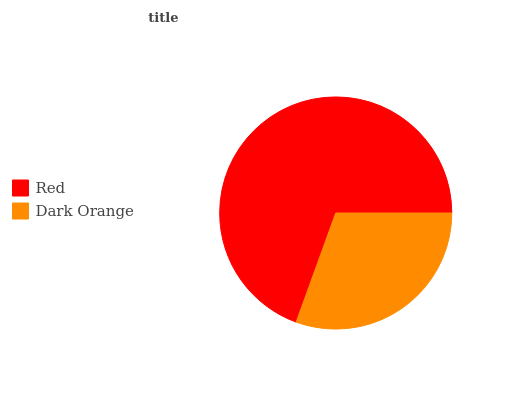
| Red | Dark Orange |
 | --- | --- |
 | 69.4% | 30.6% |